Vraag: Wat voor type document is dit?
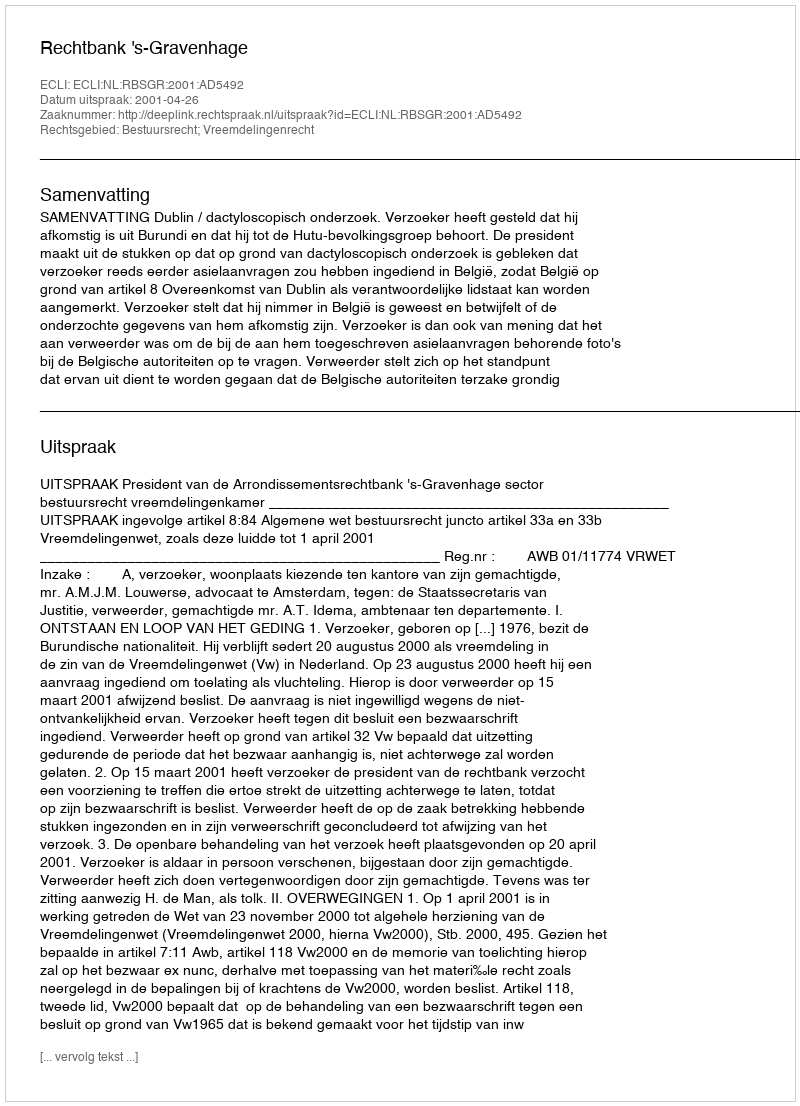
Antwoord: Uitspraak